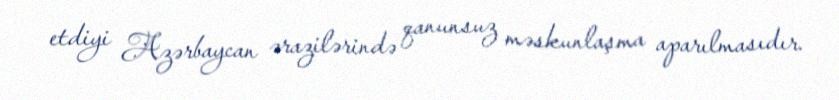
etdiyi Azərbaycan ərazilərində qanunsuz məskunlaşma aparılmasıdır.